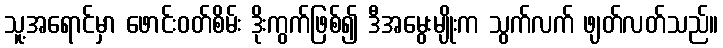
သူ့အရောင်မှာ ဖောင်းဝတ်စိမ်း ဒိုးကွက်ဖြစ်၍ ဒီအမွေးမျိုးက သွက်လက် ဖျတ်လတ်သည်။